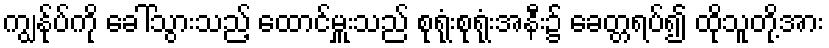
ကျွန်ုပ်ကို ခေါ်သွားသည့် ထောင်မှူးသည် စုရုံးစုရုံးအနီး၌ ခေတ္တရပ်၍ ထိုသူတို့အား